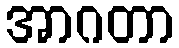
အာဂတာ